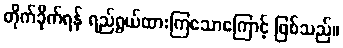
တိုက်ခိုက်ရန် ရည်ရွယ်ထားကြသောကြောင့် ဖြစ်သည်။